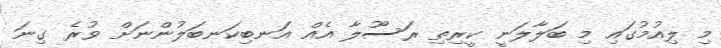
މި ލިއުމުގައި މި ބަލާލަނީ ކީރިތި ރަސޫލާ އެއް އަނބިކަނބަލުންނަށް ވުރެ ގިނަ